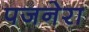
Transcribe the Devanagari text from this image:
पजनेरा